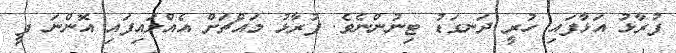
ފުރާޅު އަޅާފައި ހުރީ ދަނގަޑު ޓިނުންނެވެ. ފުރާޅު މައްޗަށް އެއްލައިފައި އޮންނަ ފީ